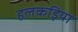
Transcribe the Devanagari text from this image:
हलकड़िया